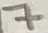
Text: 7